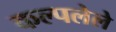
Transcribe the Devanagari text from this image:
कल्पलेले